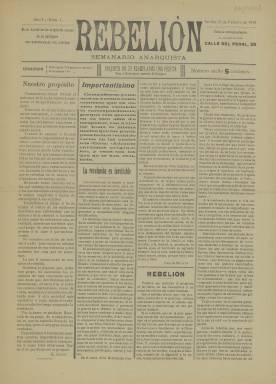
Título: Rebelión (Sevilla)
Colección: Periódicos || Anarquismo
Ámbito geográfico: Sevilla
Lugar de publicación: Sevilla
Fechas: 25/02/1910-25/02/1910